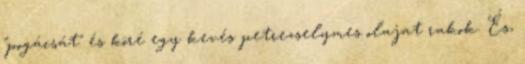
"pogácsát" és köré egy kevés petrezselymes olajat rakok. És,